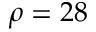
\rho = 2 8